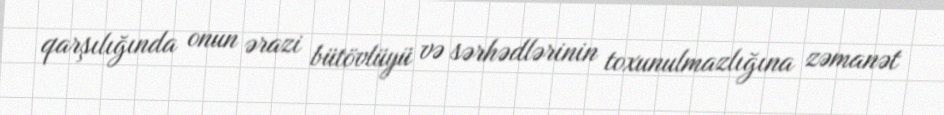
qarşılığında onun ərazi bütövlüyü və sərhədlərinin toxunulmazlığına zəmanət